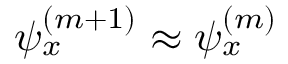
\psi _ { x } ^ { ( m + 1 ) } \approx \psi _ { x } ^ { ( m ) }